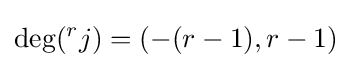
\deg({}^{r}j)=(-(r-1),r-1)